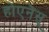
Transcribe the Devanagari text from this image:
होएनेस्